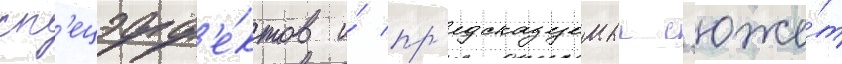
сп'ецэфф'е́ктов и́ пр'едсказуемыи с'юже́т